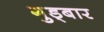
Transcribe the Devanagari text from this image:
गुड्बार